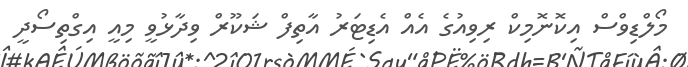
މޯލްޑިވްސް އިކޮނޮމިކް ރިވިއުގެ އެއް އެޑިޓަރު އާތިފް ޝަކޫރް ވިދާޅުވީ މިއީ އިގްތިސޯދީ